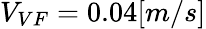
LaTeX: V_{VF}=0.04[m/s]